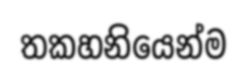
තකහනියෙන්ම